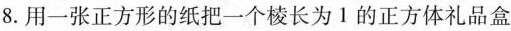
8.用一张正方形的纸把一个棱长为1的正方体礼品盒